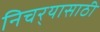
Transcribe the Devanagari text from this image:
निचर्‍यासाठी